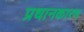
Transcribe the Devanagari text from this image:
प्रधानकारण